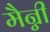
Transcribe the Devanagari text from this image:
मैन्नी